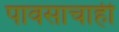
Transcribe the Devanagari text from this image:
पावसाचाही